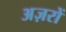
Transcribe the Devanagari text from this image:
अज़रों